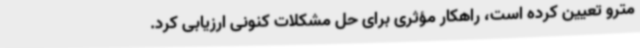
مترو تعیین کرده است،‌ راهکار مؤثری برای حل مشکلات کنونی ارزیابی کرد.